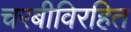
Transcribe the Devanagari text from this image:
चरबीविरहित